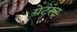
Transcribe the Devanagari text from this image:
ग्रेटस्ट